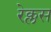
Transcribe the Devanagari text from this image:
रेक्लस